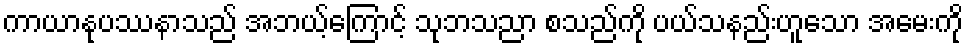
ကာယာနုပဿနာသည် အဘယ့်ကြောင့် သုဘသညာ စသည်ကို ပယ်သနည်းဟူသော အမေးကို